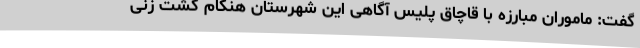
گفت: ماموران مبارزه با قاچاق پلیس آگاهی این شهرستان هنگام گشت زنی